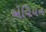
એવિયન